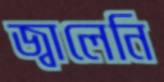
জ্বালেনি